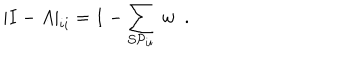
| I - A | _ { i i } = 1 - \sum _ { { \cal S P } _ { i i } } \ w \ \ .